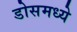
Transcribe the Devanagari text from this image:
डोसमध्ये